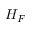
H _ { F }